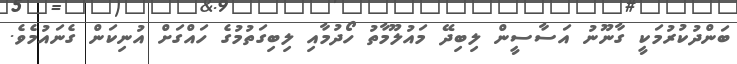
ބަންދުކުރުމަކީ ގާނޫނު އަސާސީން ލިބިދޭ މައުލޫމާތު ހޯދުމާއި ލިބިގަތުމުގެ ހައްގަށް އުނިކަން ގެނައުމެވެ.